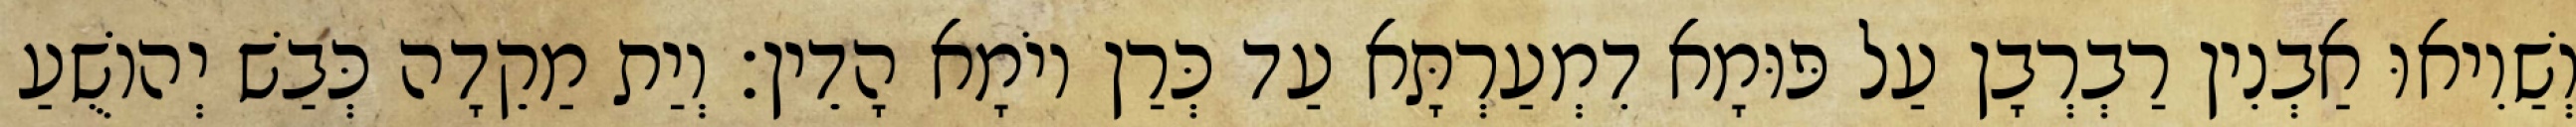
וְשַׁוִיאוּ אַבְנִין רַבְרְבָן עַל פּוּמָא דִמְעַרְתָּא עַד כְּרַן יוֹמָא הָדֵין׃ וְיַת מַקֵדָה כְּבַשׁ יְהוֹשֻׁעַ